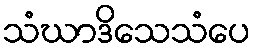
သံဃာဒိသေသံပေ